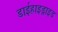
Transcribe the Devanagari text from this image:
डाईहाइड्राइड